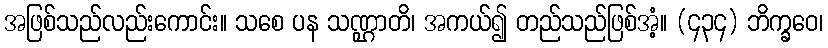
အဖြစ်သည်လည်းကောင်း။ သစေ ပန သဏ္ဌာတိ၊ အကယ်၍ တည်သည်ဖြစ်အံ့။ (၄၃၄) ဘိက္ခဝေ၊